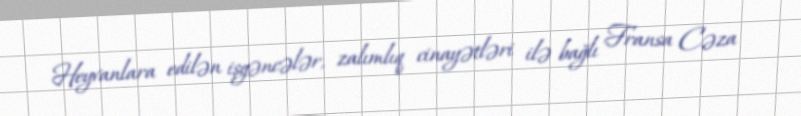
Heyvanlara edilən işgəncələr, zalımlıq cinayətləri ilə bağlı Fransa Cəza